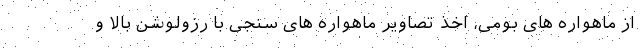
از ماهواره های بومی، اخذ تصاویر ماهواره های سنجی با رزولوشن بالا و